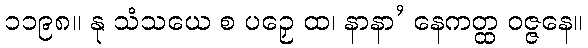
၁၁၉၈။ နု သံသယေ စ ပဉှေ ထ၊ နာနာ’ နေကတ္ထ ဝဇ္ဇနေ။